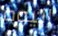
اليوم